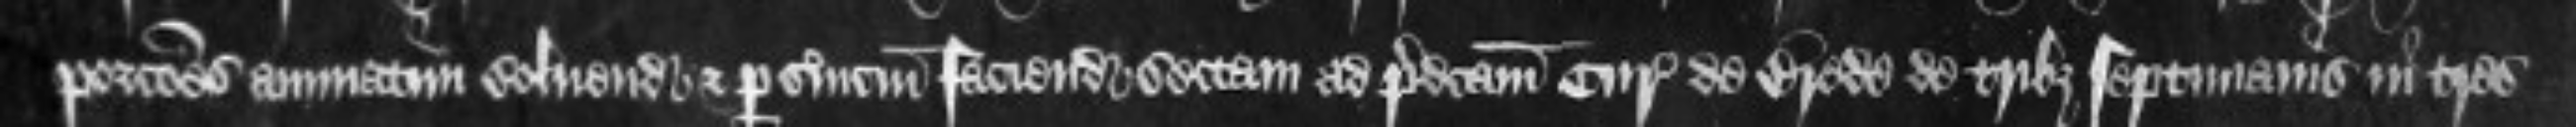
porciones annuatim solvendum et per servicium faciendi sectam ad predictam Curiam de Brede de tribus septimanis in tres